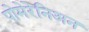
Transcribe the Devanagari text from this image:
पोमेरेनिअन